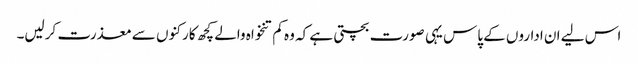
اس لیے ان اداروں کے پاس یہی صورت بچتی ہے کہ وہ کم تنخواہ والے کچھ کارکنوں سے معذرت کرلیں۔